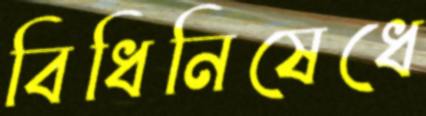
বিধিনিষেধে